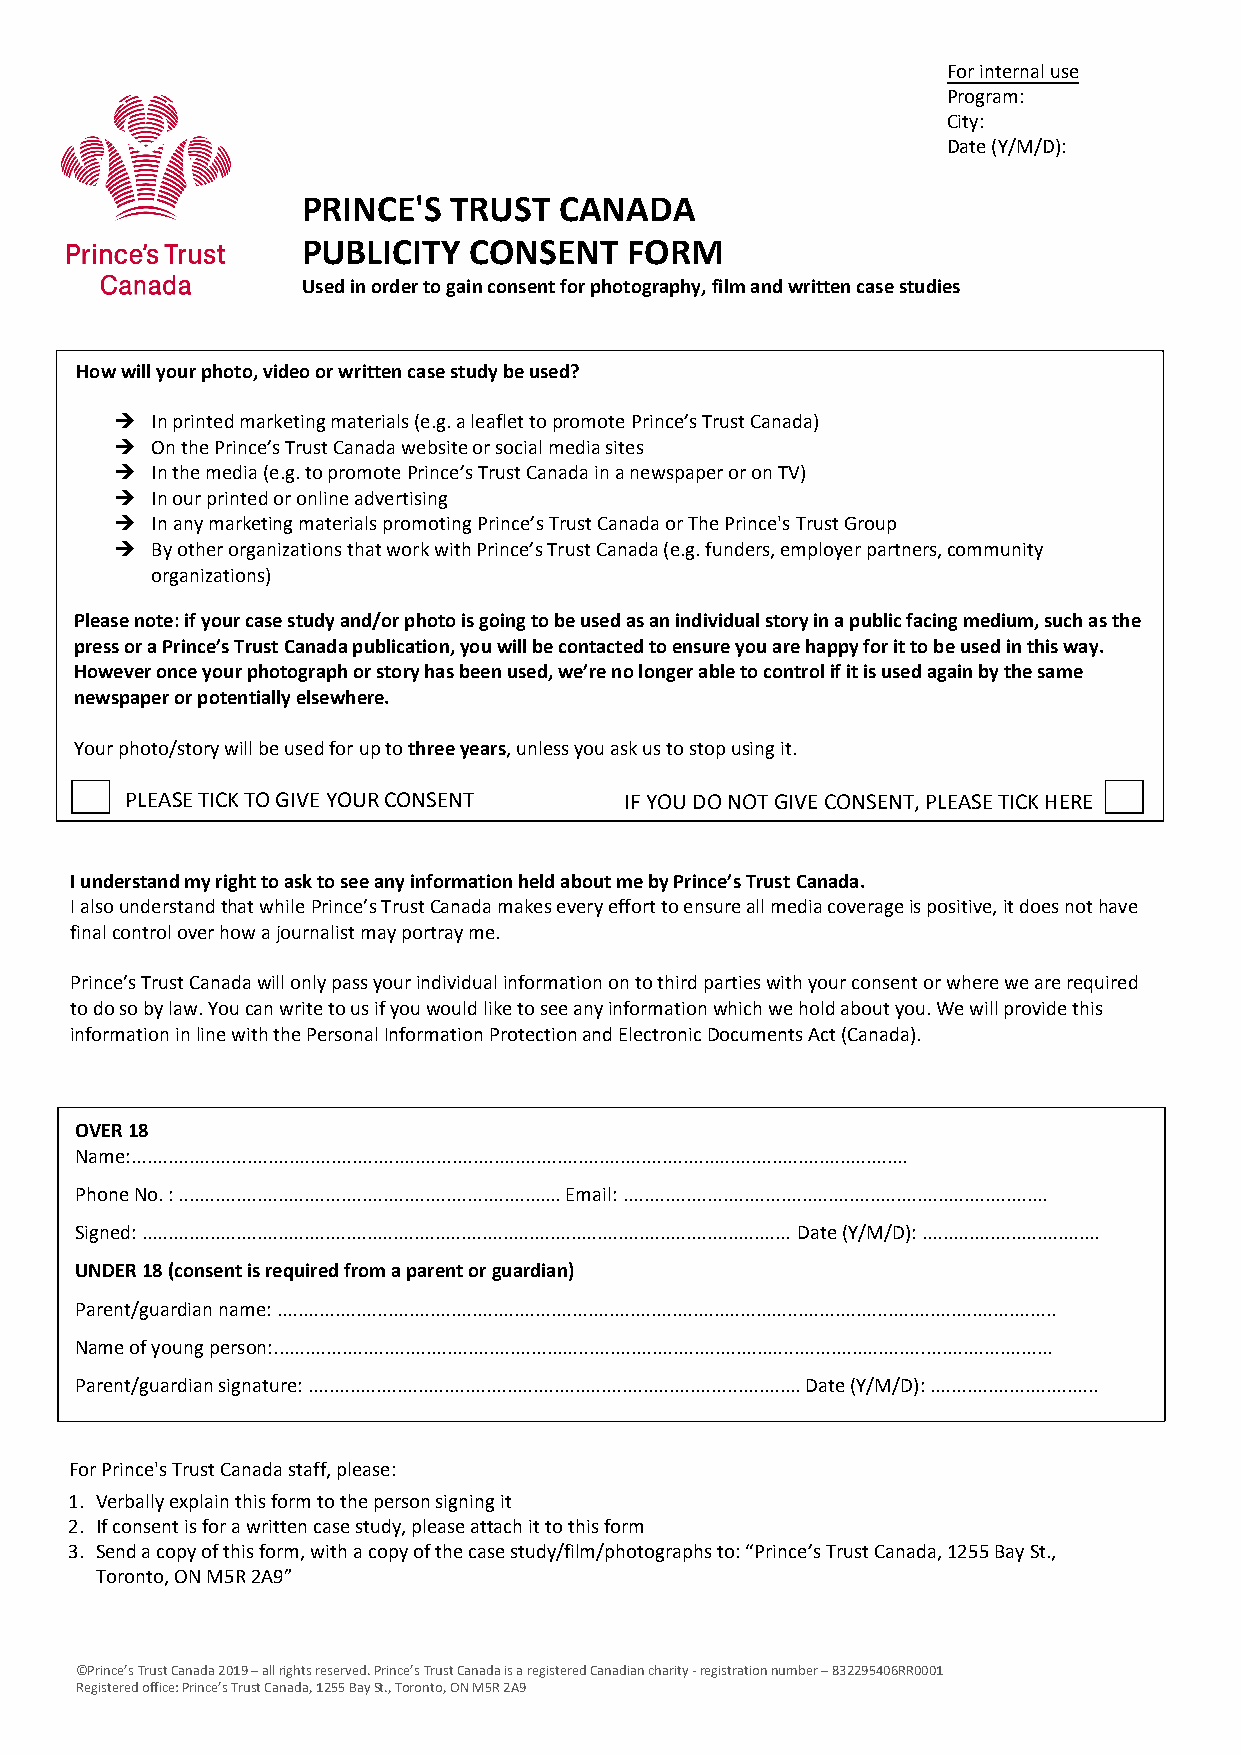
For internal use
 Program:
 City:
 Date (Y/M/D):
 PRINCE'S  TRUST  CANADA
 PUBLICITY  CONSENT   FORM
 Used in order to gain consent for photography, film and written case studies
 How will your photo, video or written case study be used?
  In printed marketing materials (e.g. a leaflet to promote Prince’s Trust Canada)
  On the Prince’s Trust Canada website or social media sites
  In the media (e.g. to promote Prince’s Trust Canada in a newspaper or on TV)
  In our printed or online advertising
  In any marketing materials promoting Prince’s Trust Canada or The Prince's Trust Group
  By other organizations that work with Prince’s Trust Canada (e.g. funders, employer partners, community
 organizations)
 Please note: if your case study and/or photo is going to be used as an individual story in a public facing medium, such as the
 press or a Prince’s Trust Canada publication, you will be contacted to ensure you are happy for it to be used in this way.
 However once your photograph or story has been used, we’re no longer able to control if it is used again by the same
 newspaper or potentially elsewhere.
 Your photo/story will be used for up to three years, unless you ask us to stop using it.
 PLEASE TICK TO GIVE YOUR CONSENT IF YOU DO NOT GIVE CONSENT, PLEASE TICK HERE
 I understand my right to ask to see any information held about me by Prince’s Trust Canada.
 I also understand that while Prince’s Trust Canada makes every effort to ensure all media coverage is positive, it does not have
 final control over how a journalist may portray me.
 Prince’s Trust Canada will only pass your individual information on to third parties with your consent or where we are required
 to do so by law. You can write to us if you would like to see any information which we hold about you. We will provide this
 information in line with the Personal Information Protection and Electronic Documents Act (Canada).
 OVER 18
 Name:....................................................................................................................................................
 Phone No. : ......................................................................... Email: .................................................................................
 Signed: ............................................................................................................................ Date (Y/M/D): ..................................
 UNDER 18 (consent is required from a parent or guardian)
 Parent/guardian name: ....................................................................................................................................................
 Name of young person:....................................................................................................................................................
 Parent/guardian signature: .............................................................................................. Date (Y/M/D): ................................
 For Prince's Trust Canada staff, please:
 1. Verbally explain this form to the person signing it
 2. If consent is for a written case study, please attach it to this form
 3. Send a copy of this form, with a copy of the case study/film/photographs to: “Prince’s Trust Canada, 1255 Bay St.,
 Toronto, ON M5R 2A9”
 ©Prince’s Trust Canada 2019 – all rights reserved. Prince’s Trust Canada is a registered Canadian charity - registration number – 832295406RR0001
 Registered office: Prince’s Trust Canada, 1255 Bay St., Toronto, ON M5R 2A9